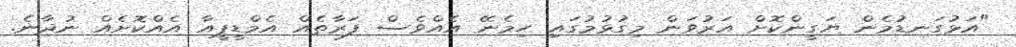
"އަޅުގަނޑުމެން ޔަގީންކޮށް އަރުވަން މިގުޅުމުގައި ހިމެނޭ އެއްވެސް ފަރާތެއް އެމްޑީޕީއާ އެއްކޮށެއް ނުދާނެ.